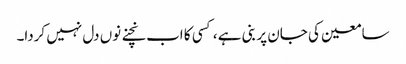
سامعین کی جان پر بنی ہے ، کسی کا اب نچنے نوں دل نہیں کردا۔